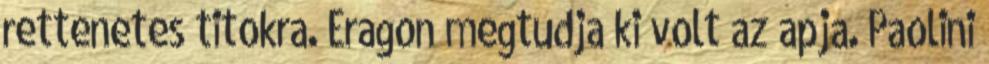
rettenetes titokra. Eragon megtudja ki volt az apja. Paolini